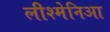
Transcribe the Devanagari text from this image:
लीश्मेनिआ